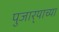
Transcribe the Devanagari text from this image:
पुजार्‍याच्या